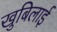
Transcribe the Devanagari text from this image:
खुबिलाई